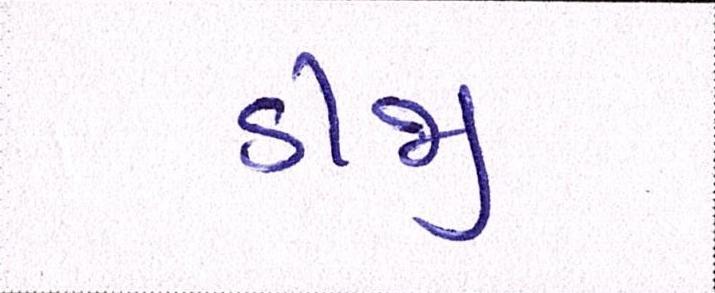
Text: ડીજી